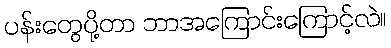
ပန်းတွေပို့တာ ဘာအကြောင်းကြောင့်လဲ။